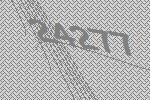
24277